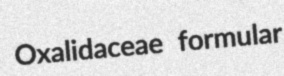
Oxalidaceae formular